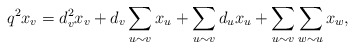
\begin{align*}q^2x_v=d_v^2x_v+d_v\sum_{u\sim v}x_u+\sum_{u\sim v}d_ux_u+\sum_{u\sim v}\sum_{w\sim u}x_w,\end{align*}